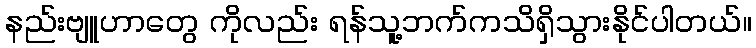
နည်းဗျူဟာတွေ ကိုလည်း ရန်သူ့ဘက်ကသိရှိသွားနိုင်ပါတယ်။